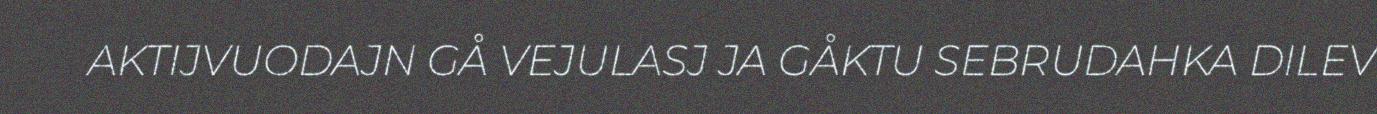
AKTIJVUODAJN GÅ VEJULASJ JA GÅKTU SEBRUDAHKA DILEV